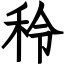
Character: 秢